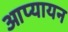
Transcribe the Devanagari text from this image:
आप्यायन